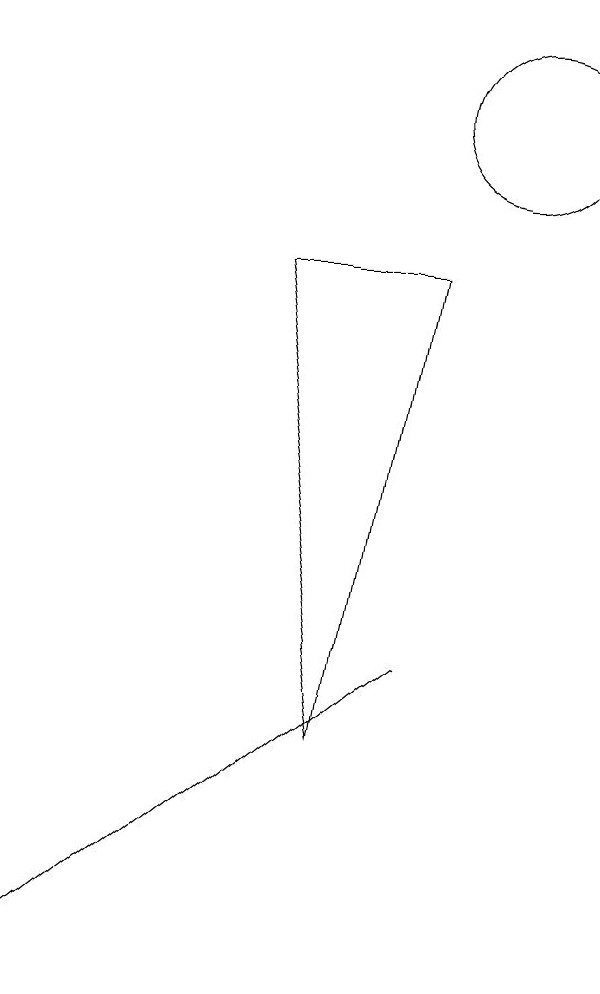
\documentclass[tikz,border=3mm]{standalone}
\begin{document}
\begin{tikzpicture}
\draw (8,3) -- (7,9) -- (9,9) -- cycle;
\draw (10,11) circle (1);
\draw (9,4) -- (4,0) -- (4,0) -- cycle;
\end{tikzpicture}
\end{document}